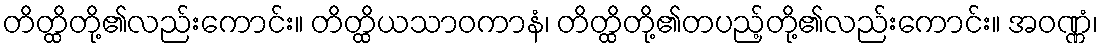
တိတ္ထိတို့၏လည်းကောင်း။ တိတ္ထိယသာဝကာနံ၊ တိတ္ထိတို့၏တပည့်တို့၏လည်းကောင်း။ အဝဏ္ဏံ၊